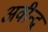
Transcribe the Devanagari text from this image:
अवीन्द्र